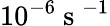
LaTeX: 10^{-6}\mathrm{~s~}^{-1}